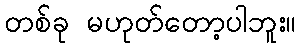
တစ်ခု မဟုတ်တော့ပါဘူး။